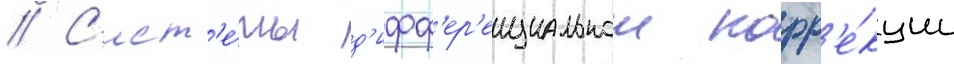
// С'ист'е́мы д'ифф'ер'енциальнои корр'е́кции